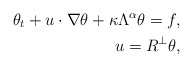
\begin{align*}\theta_t+u\cdot\nabla \theta+\kappa\Lambda^\alpha\theta =f,\\u=R^\perp\theta,\end{align*}